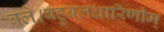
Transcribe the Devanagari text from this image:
बले।बहुबलधारिणीम्